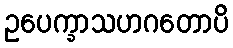
ဥပေက္ခာသဟဂတောပိ